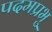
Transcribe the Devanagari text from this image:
पदमप्रभु